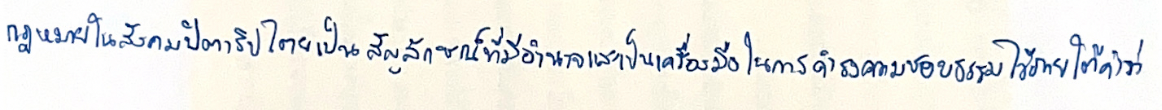
กฎหมายในสังคมปิตาธิปไตยเป็นสัญลักษณ์ที่มีอำนาจและเป็นเครื่องมือในการดำรงความชอบธรรมไว้ภายใต้คำว่า